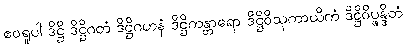
ဧဝရူပါ ဒိဋ္ဌိ ဒိဋ္ဌိဂတံ ဒိဋ္ဌိဂဟနံ ဒိဋ္ဌိကန္တာရော ဒိဋ္ဌိဝိသုကာယိကံ ဒိဋ္ဌိဝိပ္ဖန္ဒိတံ